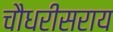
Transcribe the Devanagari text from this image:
चौधरीसराय